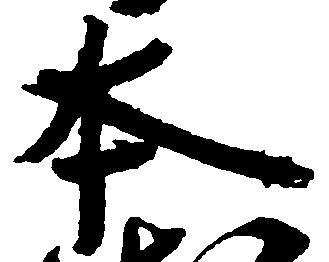
本